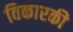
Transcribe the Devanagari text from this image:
विकारकी